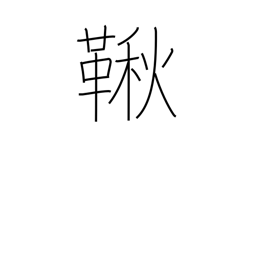
Meaning: swing